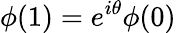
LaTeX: \phi(1)=e^{i\theta}\phi(0)